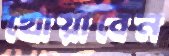
খোয়াবেন